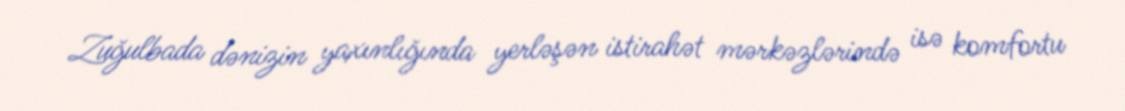
Zuğulbada dənizin yaxınlığında yerləşən istirahət mərkəzlərində isə komfortu